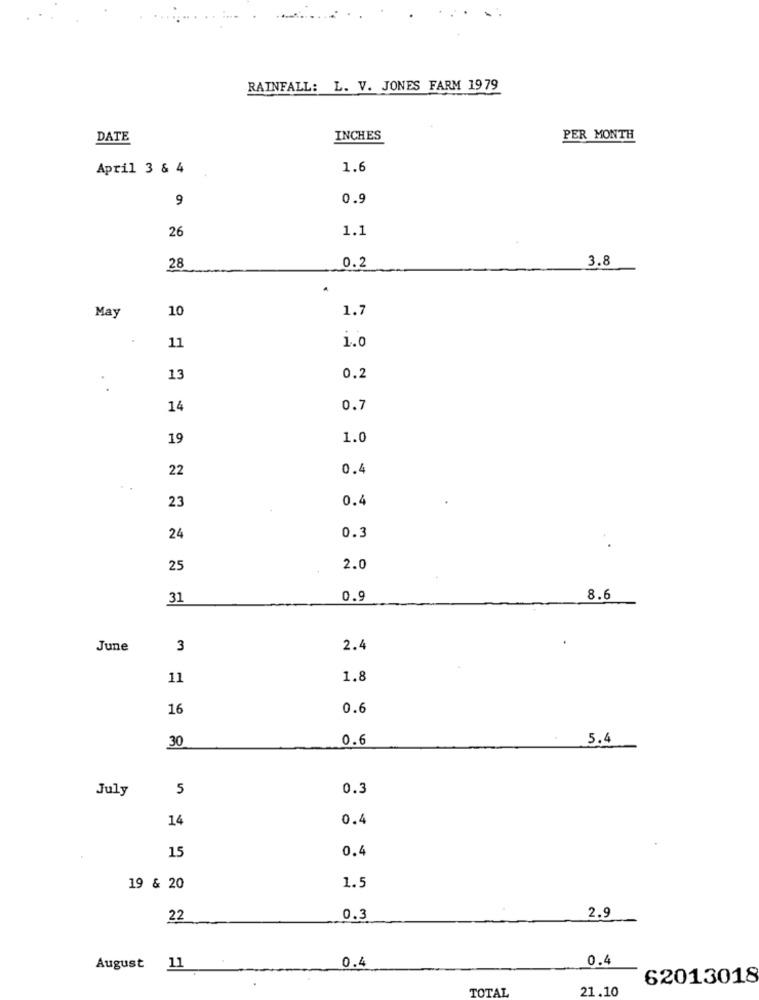
RAINFALL: L. V. JONES FARM 1979
DATE
INCHES
PER MONTH
April 3 & 4
1.6
9
0.9
1.1
26
3.8
28
0.2
10
1.7
May
11
1.0
13
0.2
14
0.7
19
1.0
22
0.4
23
0.4
24
0.3
25
2.0
31
0.9
8.6
June
3
2.4
11
1.8
16
0.6
0.6
5.4
30
July
5
0.3
14
0.4
0.4
15
19 & 20
1.5
22
0.3
2.9
0.4
0.4
August
11
62013018
TOTAL
21.10